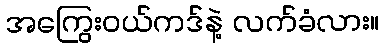
အကြွေးဝယ်ကဒ်နဲ့ လက်ခံလား။